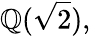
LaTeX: \mathbb{Q}({\sqrt{2}}),